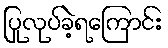
ပြုလုပ်ခဲ့ရကြောင်း